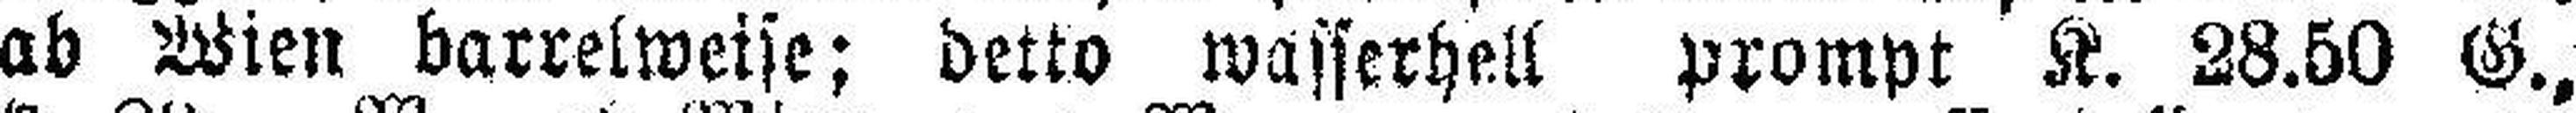
ab Wien barrelweise; detto wasserhell prompt K. 28.50 G.,